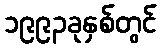
၁၉၉၃ခုနှစ်တွင်